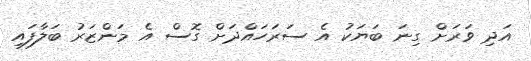
އަދި ވަރަށް ގިނަ ބަޔަކު އެ ސަރަހައްދަށް ގޮސް އެ މަންޒަރު ބަލާފައި